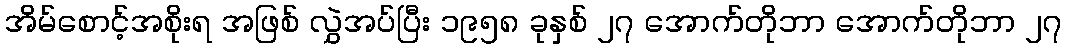
အိမ်စောင့်အစိုးရ အဖြစ် လွှဲအပ်ပြီး ၁၉၅၈ ခုနှစ် ၂၇ အောက်တိုဘာ အောက်တိုဘာ ၂၇